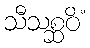
သီသစ္ဆဝိံ